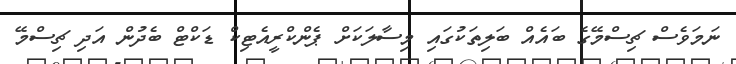
ނަމަވެސް ޗިސްމޭގެ ބައެއް ބަލިތަކުގައި މިސާލަކަށް ޕެންކްރީއެޓިކް ޑަކްޓް ބެދުން އަދި ޗިސްމޭ